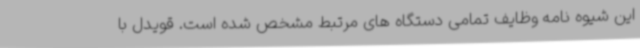
این شیوه نامه وظایف تمامی دستگاه های مرتبط مشخص شده است. قویدل با